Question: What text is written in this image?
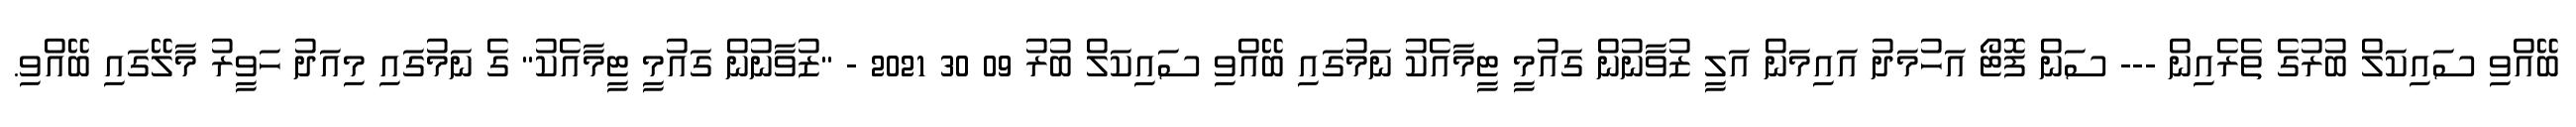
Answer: ބޭއްވި ސައިކަލް ބުރުގެ ތެރެއިން --- ސަން ފޮޓޯ އަހުމަދު އައިމަން އަލީ ޒުވާނުން ގައުމީ ޓީމާއެކު ނަމުގައި ބޭއްވި ސައިކަލް ބުރު 09 30 2021 - "ޒުވާނުން ގައުމީ ޓީމާއެކު" ގެ ނަމުގައި މިއަދު ހަވީރު މާލޭގައި ބޭއްވި.